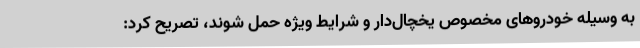
به وسیله خودروهای مخصوص یخچال‌دار و شرایط ویژه حمل شوند، تصریح کرد: